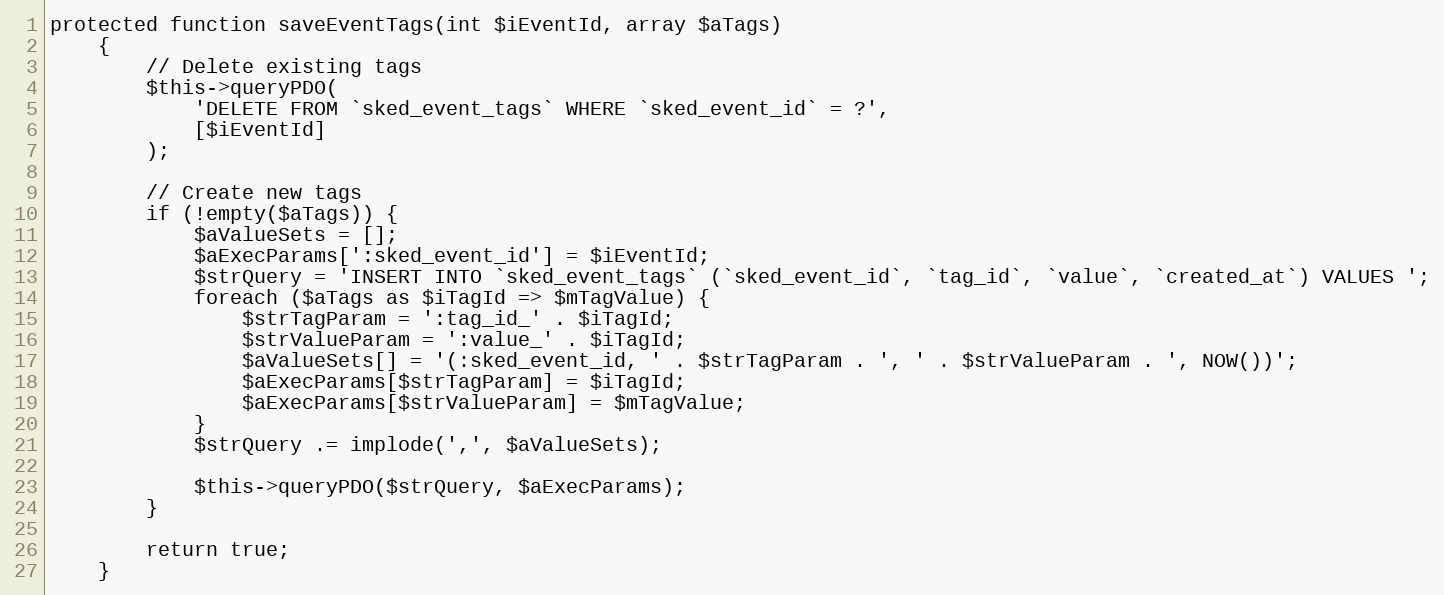
Language: PHP
protected function saveEventTags(int $iEventId, array $aTags)
    {
        // Delete existing tags
        $this->queryPDO(
            'DELETE FROM `sked_event_tags` WHERE `sked_event_id` = ?',
            [$iEventId]
        );

        // Create new tags
        if (!empty($aTags)) {
            $aValueSets = [];
            $aExecParams[':sked_event_id'] = $iEventId;
            $strQuery = 'INSERT INTO `sked_event_tags` (`sked_event_id`, `tag_id`, `value`, `created_at`) VALUES ';
            foreach ($aTags as $iTagId => $mTagValue) {
                $strTagParam = ':tag_id_' . $iTagId;
                $strValueParam = ':value_' . $iTagId;
                $aValueSets[] = '(:sked_event_id, ' . $strTagParam . ', ' . $strValueParam . ', NOW())';
                $aExecParams[$strTagParam] = $iTagId;
                $aExecParams[$strValueParam] = $mTagValue;
            }
            $strQuery .= implode(',', $aValueSets);

            $this->queryPDO($strQuery, $aExecParams);
        }

        return true;
    }